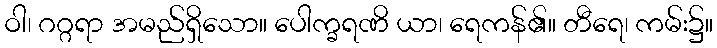
ဝါ၊ ဂဂ္ဂရာ အမည်ရှိသော။ ပေါက္ခရဏိ ယာ၊ ရေကန်၏။ တီရေ၊ ကမ်း၌။